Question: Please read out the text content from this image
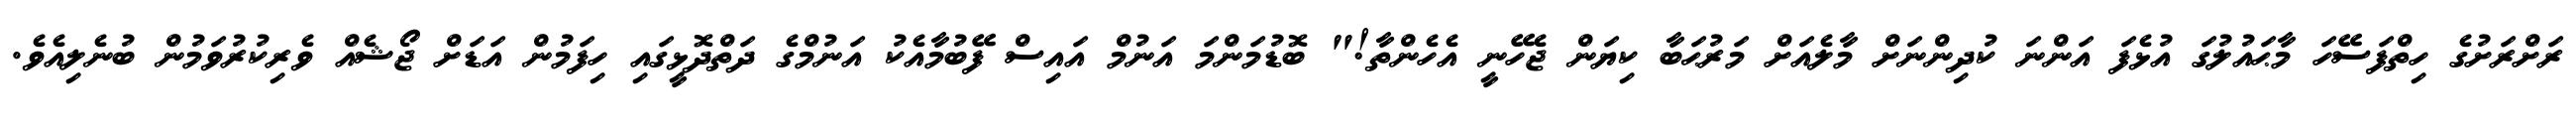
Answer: ރަށްރަށުގެ ހިތްފަސޭހަ މާޙައުލުގަ އުޅެފަ އަންނަ ކުދިންނަށް މާލެއަށް މަރުޙަބާ ކިޔަން ޖެހޭނީ އެހެންތާ!" ބޮޑުމަންމަ އަނުމް އައިސް ފޭބުމާއެކު އަނުމްގެ ދަތްދޮޅީގައި ހިފަމުން އަޑަށް ޖޯޝެއް ވެރިކުރުވަމުން ބުނެލިއެވެ.